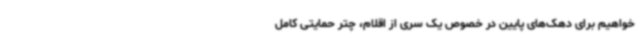
‌خواهیم برای دهک‌های پایین در خصوص یک سری از اقلام، چتر حمایتی کامل